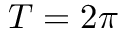
T = 2 \pi